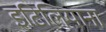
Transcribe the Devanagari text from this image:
इटिलियाना